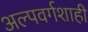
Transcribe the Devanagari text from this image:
अल्पवर्गशाही